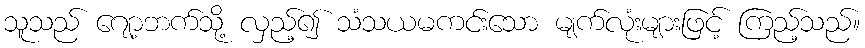
သူသည် ဂျော့ဘက်သို့ လှည့်၍ သံသယမကင်းသော မျက်လုံးများဖြင့် ကြည့်သည်။